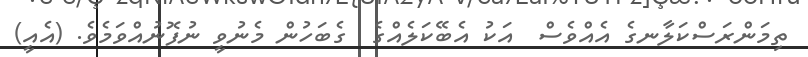
ތިމަންރަސްކަލާނގެ އެއްވެސް  އަކު އެބޭކަލެއްގެ  ގެބަހުން މެނުވީ ނުފޮނުއްވަމެވެ. (އެއީ)